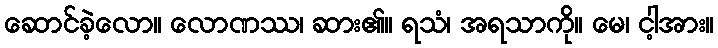
ဆောင်ခဲ့လော။ လောဏဿ၊ ဆား၏။ ရသံ၊ အရသာကို။ မေ၊ ငါ့အား။